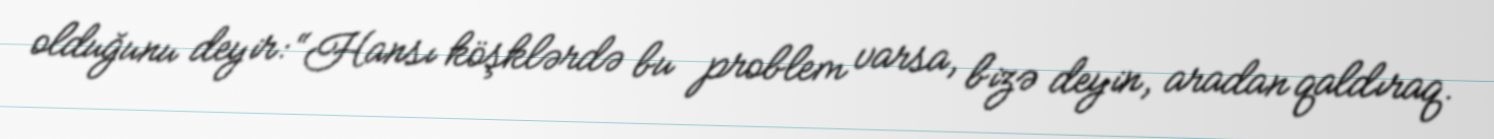
olduğunu deyir: “Hansı köşklərdə bu problem varsa, bizə deyin, aradan qaldıraq.